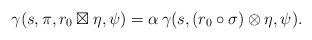
LaTeX: \begin{align*}\gamma(s, \pi, r_0 \boxtimes \eta, \psi) = \alpha \, \gamma(s, (r_0 \circ \sigma) \otimes \eta, \psi).\end{align*}